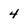
Character: 4